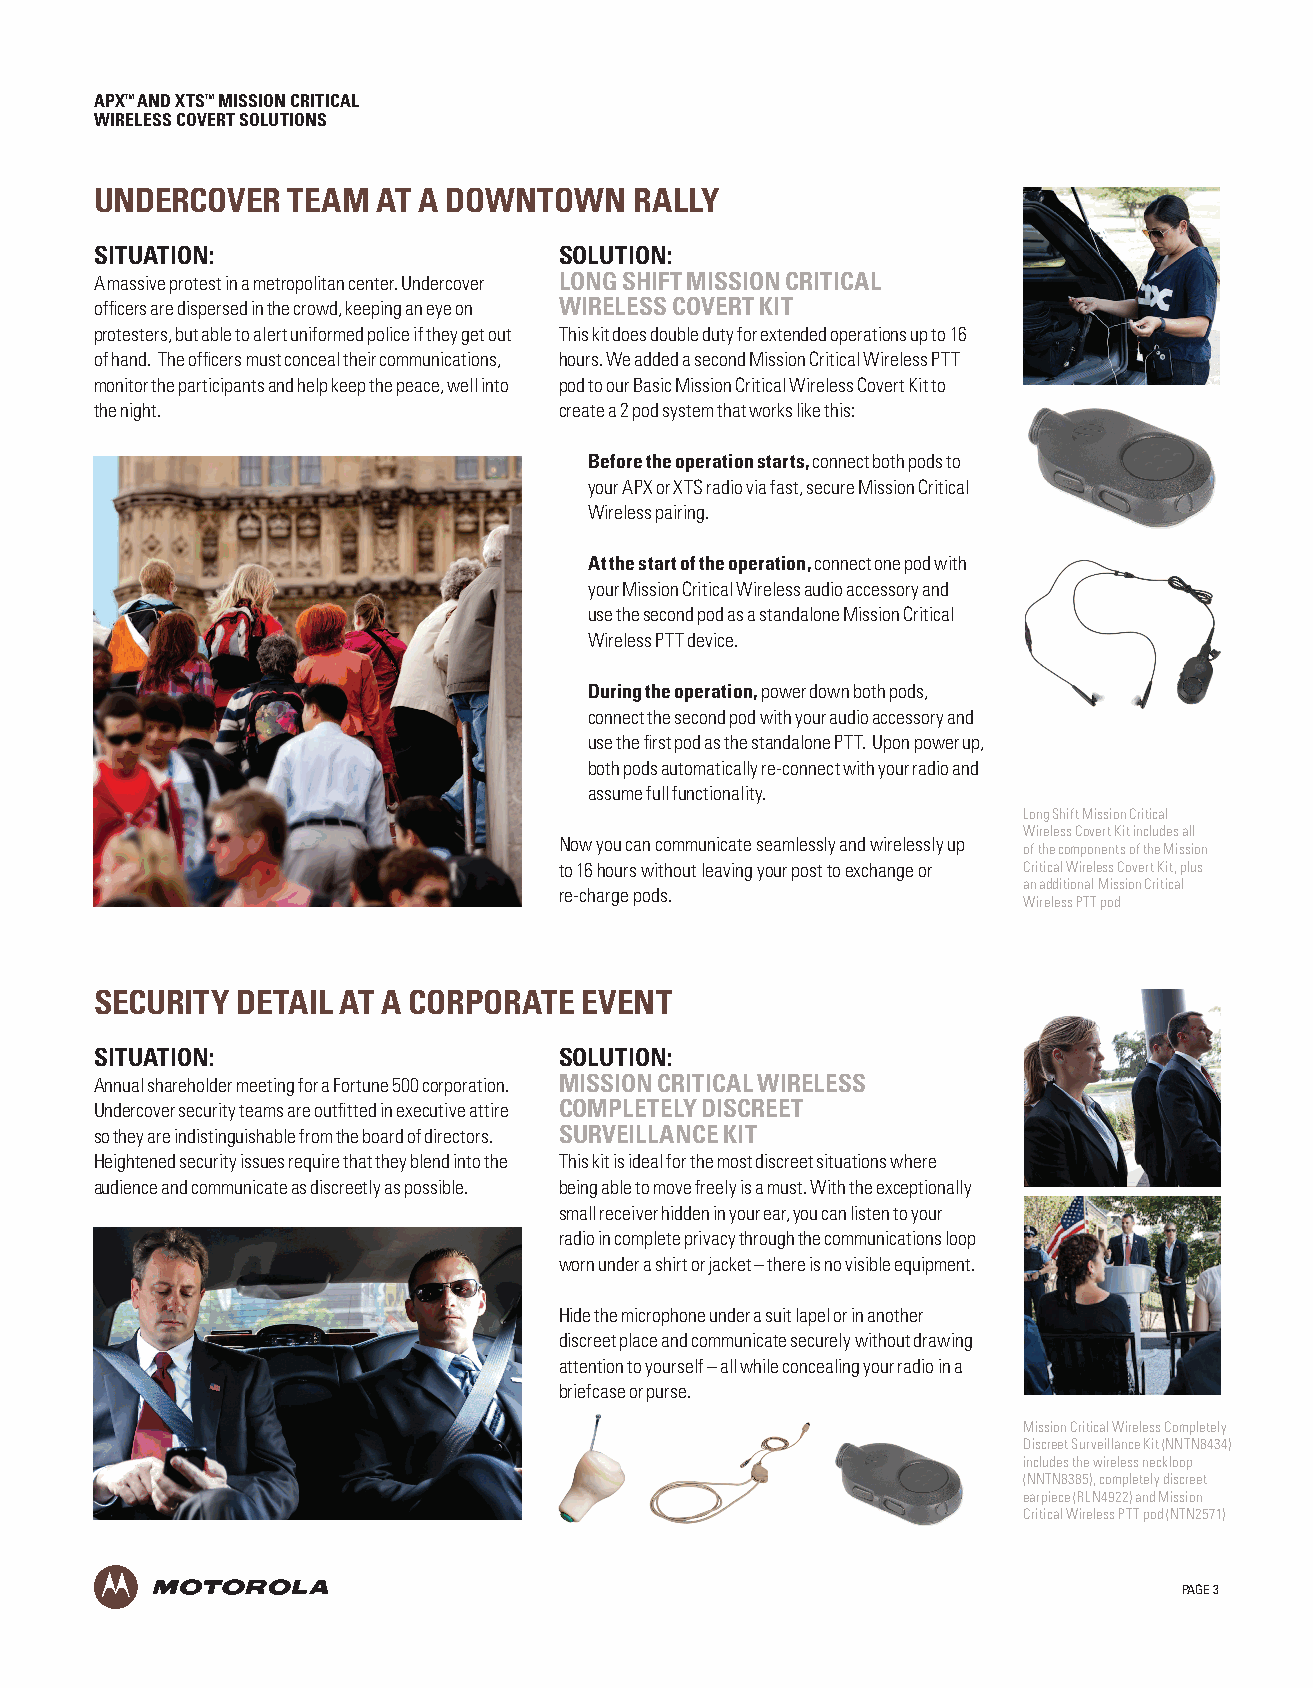
APX™ AND XTS™ MISSION CRITICAL
 WIRELESS COVERT SOLUTIONS
 UNDERCOVER   TEAM  AT A DOWNTOWN    RALLY
 SITUATION:                     SOLUTION:
 A massive protest in a metropolitan center. Undercover LONG SHIFT MISSION CRITICAL
 offi cers are dispersed in the crowd, keeping an eye on WIRELESS COVERT KIT
 protesters, but able to alert uniformed police if they get out This kit does double duty for extended operations up to 16
 of hand. The offi cers must conceal their communications, hours. We added a second Mission Critical Wireless PTT
 monitor the participants and help keep the peace, well into pod to our Basic Mission Critical Wireless Covert Kit to
 the night.                     create a 2 pod system that works like this:
 Before the operation starts, connect both pods to
 your APX or XTS radio via fast, secure Mission Critical
 Wireless pairing.
 At the start of the operation, connect one pod with
 your Mission Critical Wireless audio accessory and
 use the second pod as a standalone Mission Critical
 Wireless PTT device.
 During the operation, power down both pods,
 connect the second pod with your audio accessory and
 use the fi rst pod as the standalone PTT. Upon power up,
 both pods automatically re-connect with your radio and
 assume full functionality.
 Long Shift Mission Critical
 Wireless Covert Kit includes all
 Now you can communicate seamlessly and wirelessly up
 of the components of the Mission
 to 16 hours without leaving your post to exchange or Critical Wireless Covert Kit, plus
 an additional Mission Critical
 re-charge pods.
 Wireless PTT pod
 SECURITY  DETAIL AT A CORPORATE EVENT
 SITUATION:                     SOLUTION:
 Annual shareholder meeting for a Fortune 500 corporation. MISSION CRITICAL WIRELESS
 Undercover security teams are outfi tted in executive attire COMPLETELY DISCREET
 so they are indistinguishable from the board of directors. SURVEILLANCE KIT
 Heightened security issues require that they blend into the This kit is ideal for the most discreet situations where
 audience and communicate as discreetly as possible. being able to move freely is a must. With the exceptionally
 small receiver hidden in your ear, you can listen to your
 radio in complete privacy through the communications loop
 worn under a shirt or jacket – there is no visible equipment.
 Hide the microphone under a suit lapel or in another
 discreet place and communicate securely without drawing
 attention to yourself – all while concealing your radio in a
 briefcase or purse.
 Mission Critical Wireless Completely
 Discreet Surveillance Kit (NNTN8434)
 includes the wireless neckloop
 (NNTN8385), completely discreet
 earpiece (RLN4922) and Mission
 Critical Wireless PTT pod (NTN2571)
 PAGE 3